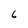
Character: 6